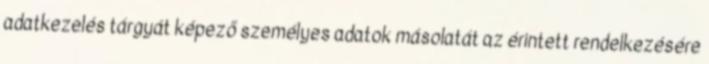
adatkezelés tárgyát képező személyes adatok másolatát az érintett rendelkezésére